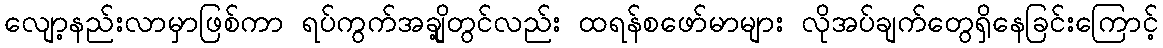
လျော့နည်းလာမှာဖြစ်ကာ ရပ်ကွက်အချို့တွင်လည်း ထရန်စဖော်မာများ လိုအပ်ချက်တွေရှိနေခြင်းကြောင့်